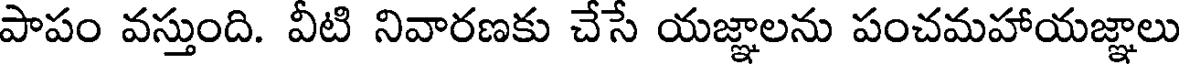
పాపం వస్తుంది. వీటి నివారణకు చేసే యజ్ఞాలను పంచమహాయజ్ఞాలు